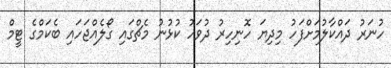
ހުނަރު ދައްކާލުމަށްފަހު މިދިޔަ ހޮނިހިރު ދުވަހު ކުޅުނު މެޗްގައި ގޯލެއްޖަހައި ބެކަމްގެ ޓީމް